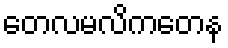
တေလမလိကတေန